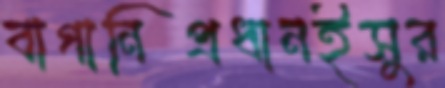
বাগানিপ্রধানইসুর